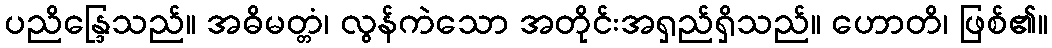
ပညိန္ဒြေသည်။ အဓိမတ္တံ၊ လွန်ကဲသော အတိုင်းအရှည်ရှိသည်။ ဟောတိ၊ ဖြစ်၏။